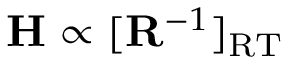
\mathbf { H } \propto [ \mathbf { R } ^ { - 1 } ] _ { \mathrm { R T } }